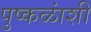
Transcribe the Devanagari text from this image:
पुष्कळांशी